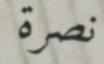
نصرة